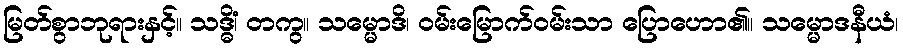
မြတ်စွာဘုရားနှင့်။ သဒ္ဓိံ၊ တကွ။ သမ္မောဒိ၊ ဝမ်းမြောက်ဝမ်းသာ ပြောဟော၏။ သမ္မောဒနီယံ၊